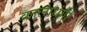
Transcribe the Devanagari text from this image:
कालाधुंगी